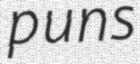
puns